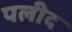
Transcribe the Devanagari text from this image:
पलीद